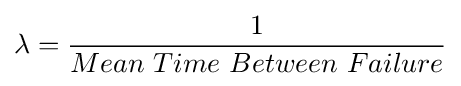
\lambda ={\frac {1}{Mean\ Time\ Between\ Failure}}